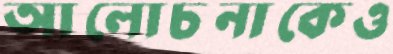
আলোচনাকেও